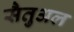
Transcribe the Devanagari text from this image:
सैतुअल